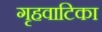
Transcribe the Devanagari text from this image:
गृहवाटिका